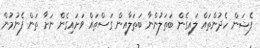
ފެޝަން ހެދުންތައް ލައިގެން ބަތަލުންނާ ބަތަލާއިން ގަސްތައް ވަށައިގެން ނަށާ ތަން ފެނުމުން